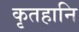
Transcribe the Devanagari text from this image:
कृतहानि